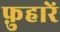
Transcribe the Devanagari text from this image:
फ़ुहारें